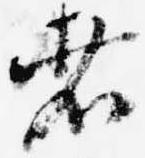
者